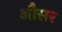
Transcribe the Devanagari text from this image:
औसर